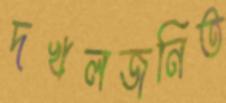
দখলজনিত